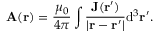
\mathbf { A } ( \mathbf { r } ) = { \frac { \mu _ { 0 } } { 4 \pi } } \int { { \frac { \mathbf { J ( \mathbf { r } ^ { \prime } ) } } { | \mathbf { r } - \mathbf { r } ^ { \prime } | } } \mathrm { d } ^ { 3 } \mathbf { r } ^ { \prime } } .